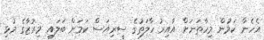
އެހެން ކަމުން މިހާތަނަށް އާއިރު ހާލަތުގެ ސީރިއަސް ކަމަށް ބަލައި މިރުޒާގެ މުޅި